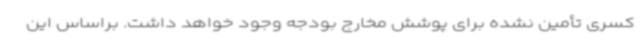
کسری تأمین نشده برای پوشش مخارج بودجه وجود خواهد داشت. براساس این